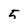
Character: 5